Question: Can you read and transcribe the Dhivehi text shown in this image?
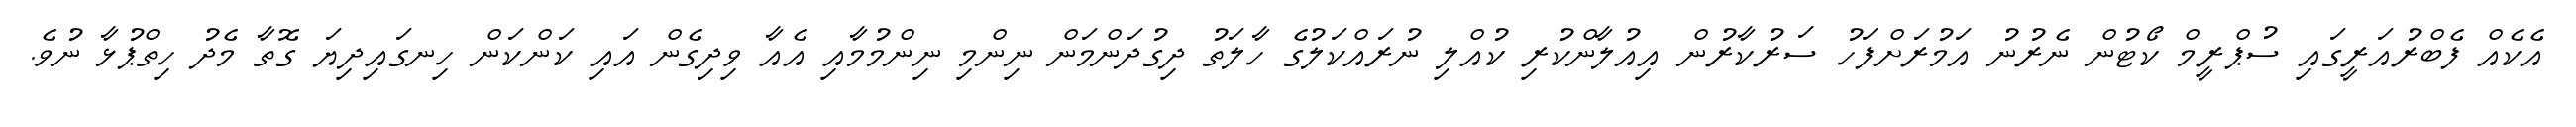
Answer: އެކެއް ފެބްރުއަރީގައި ސުޕްރީމް ކޯޓުން ނެރުނު އަމުރަށްފަހު ސަރުކާރުން އިއުލާންކުރި ކުއްލި ނުރައްކަލުގެ ހާލަތު ދިގުދަންމަން ނިންމި ނިންމުމާއި އެއާ ވިދިގެން އައި ކަންކަން ހިނގައިދިޔަ ގޮތާ މެދު ހިތްޕުޅާ ނުވެ.